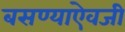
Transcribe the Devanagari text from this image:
बसण्याऐवजी